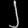
Digit: ၂